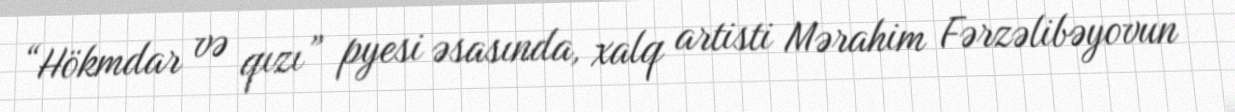
“Hökmdar və qızı” pyesi əsasında, xalq artisti Mərahim Fərzəlibəyovun